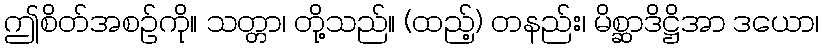
ဤစိတ်အစဉ်ကို။ သတ္တာ၊ တို့သည်။ (ထည့်) တနည်း၊ မိစ္ဆာဒိဋ္ဌိအာ ဒယော၊